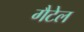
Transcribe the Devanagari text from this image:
गैटेल